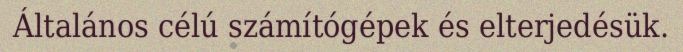
Általános célú számítógépek és elterjedésük.